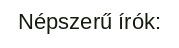
Népszerű írók: